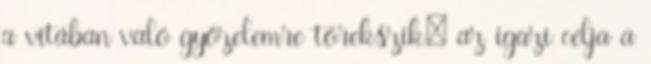
a vitában való győzelemre törekszik: az igazi célja a